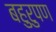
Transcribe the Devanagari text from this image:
बहुरुपण